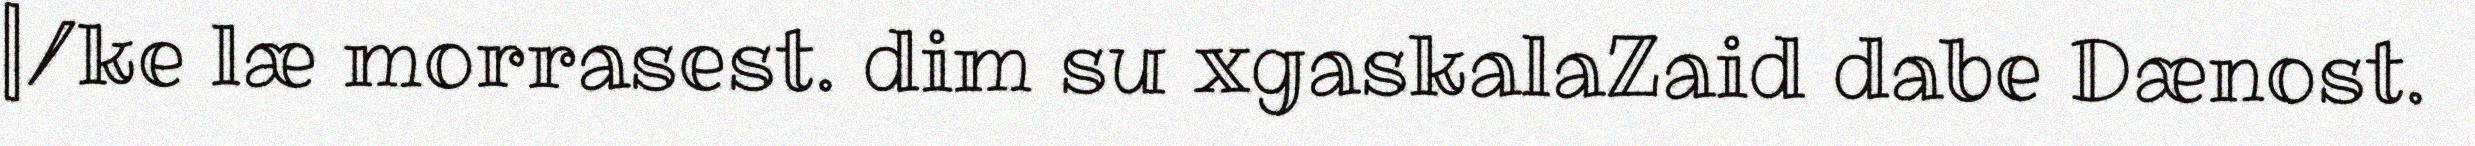
|/ke læ morrasest. dim su xgaskalaZaid dabe Dænost.